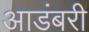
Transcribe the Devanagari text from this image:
आडंबरी